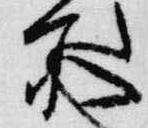
所